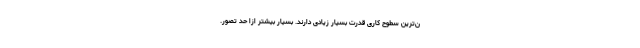
ن‌ترین سطوح کاری قدرت بسیار زیادی دارند. بسیار بیشتر ازا حد تصور.